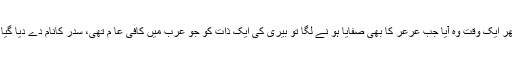
پھر ایک وقت وہ آیا جب عرعر کا بھی صفایا ہو نے لگا تو بیری کی ایک ذات کو جو عرب میں کافی عا م تھی، سدر کانام دے دیا گیا ۔